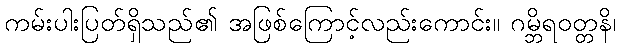
ကမ်းပါးပြတ်ရှိသည်၏ အဖြစ်ကြောင့်လည်းကောင်း။ ဂမ္ဘိရဝတ္တနိ၊